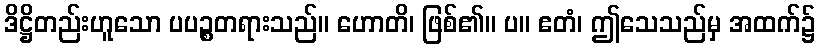
ဒိဋ္ဌိတည်းဟူသော ပပဉ္စတရားသည်။ ဟောတိ၊ ဖြစ်၏။ ပ။ ဧတံ၊ ဤသေသည်မှ အထက်၌